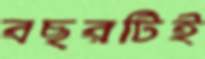
বছরটিই